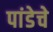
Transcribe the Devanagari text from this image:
पांडेचे